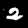
Digit: 2